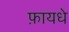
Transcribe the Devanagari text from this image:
फ़ायधे